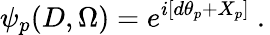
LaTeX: \left.\psi_{p}(D,\Omega)=e^{i\left[d\theta_{p}+X_{p}\right]}\ .\right.